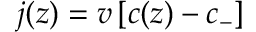
{ j ( z ) = v \, [ c ( z ) - c _ { - } ] }